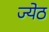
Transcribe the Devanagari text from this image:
ज्येठ